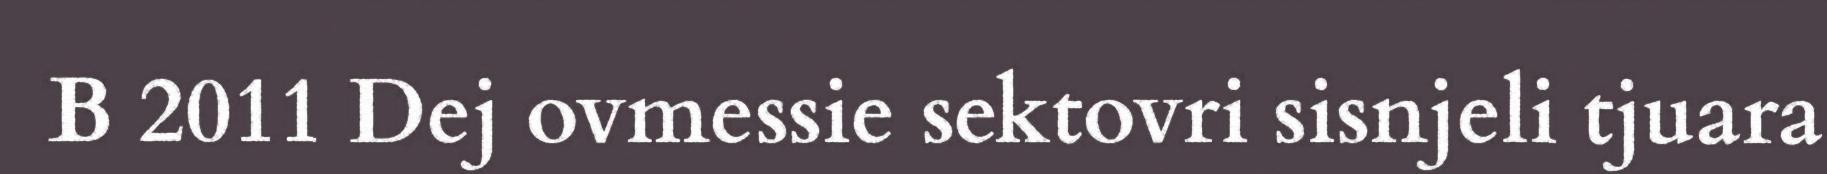
B 2011 Dej ovmessie sektovri sisnjeli tjuara